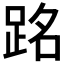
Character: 𫏉